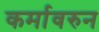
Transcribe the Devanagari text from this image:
कर्मावरुन